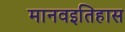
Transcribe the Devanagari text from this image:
मानवइतिहास